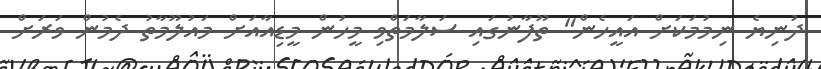
ދުނިޔެ ނިމުމަކަށް އައީހެން" ތޫފާނުގައި ސަލާމަތްވި މީހުން މީޑިއާއަށް މައުލޫމާތު ދެމުން ވަރަށް